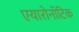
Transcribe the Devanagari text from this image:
एयारोनॉटिक